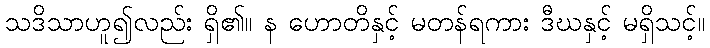
သဒိသာဟူ၍လည်း ရှိ၏။ န ဟောတိနှင့် မတန်ရကား ဒီဃနှင့် မရှိသင့်။